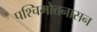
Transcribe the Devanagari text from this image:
पश्चिमोत्तनासन